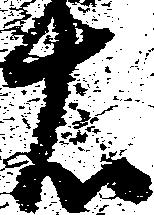
右